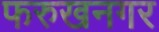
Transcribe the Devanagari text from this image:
फरुखनगर